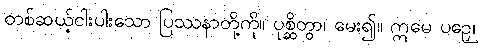
တစ်ဆယ့်ငါးပါးသော ပြဿနာတို့ကို။ ပုစ္ဆိတွာ၊ မေး၍။ ဣမေ ပဉှေ၊